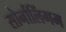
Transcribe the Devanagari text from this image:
सोर्नालिंगम